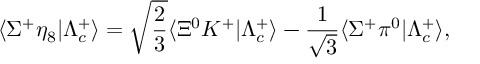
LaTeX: \langle \Sigma ^ { + } \eta _ { 8 } | \Lambda _ { c } ^ { + } \rangle = \sqrt { \frac { 2 } { 3 } } \langle \Xi ^ { 0 } K ^ { + } | \Lambda _ { c } ^ { + } \rangle - { \frac { 1 } { \sqrt 3 } } \langle \Sigma ^ { + } \pi ^ { 0 } | \Lambda _ { c } ^ { + } \rangle ,